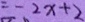
= - 2 x + 2